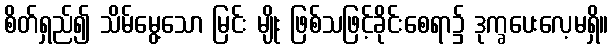
စိတ်ရှည်၍ သိမ်မွေ့သော မြင်း မျိုး ဖြစ်သဖြင့်ခိုင်းစေရာ၌ ဒုက္ခပေးလေ့မရှိ။